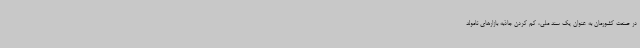
در صنعت کشورمان به عنوان یک سند ملی، کم کردن جاذبه بازارهای نامولد